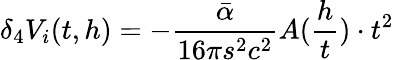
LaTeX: \delta_{4}V_{i}(t,h)=-\frac{\bar{\alpha}}{16\pi s^{2}c^{2}}A(\frac{h}{t})\cdot t^{2}